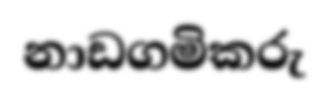
නාඩගමිකරු